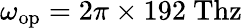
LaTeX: \omega_{\mathrm{op}}=2\pi\times 192~\mathrm{Thz}